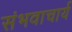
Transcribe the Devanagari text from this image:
संभवाचार्य